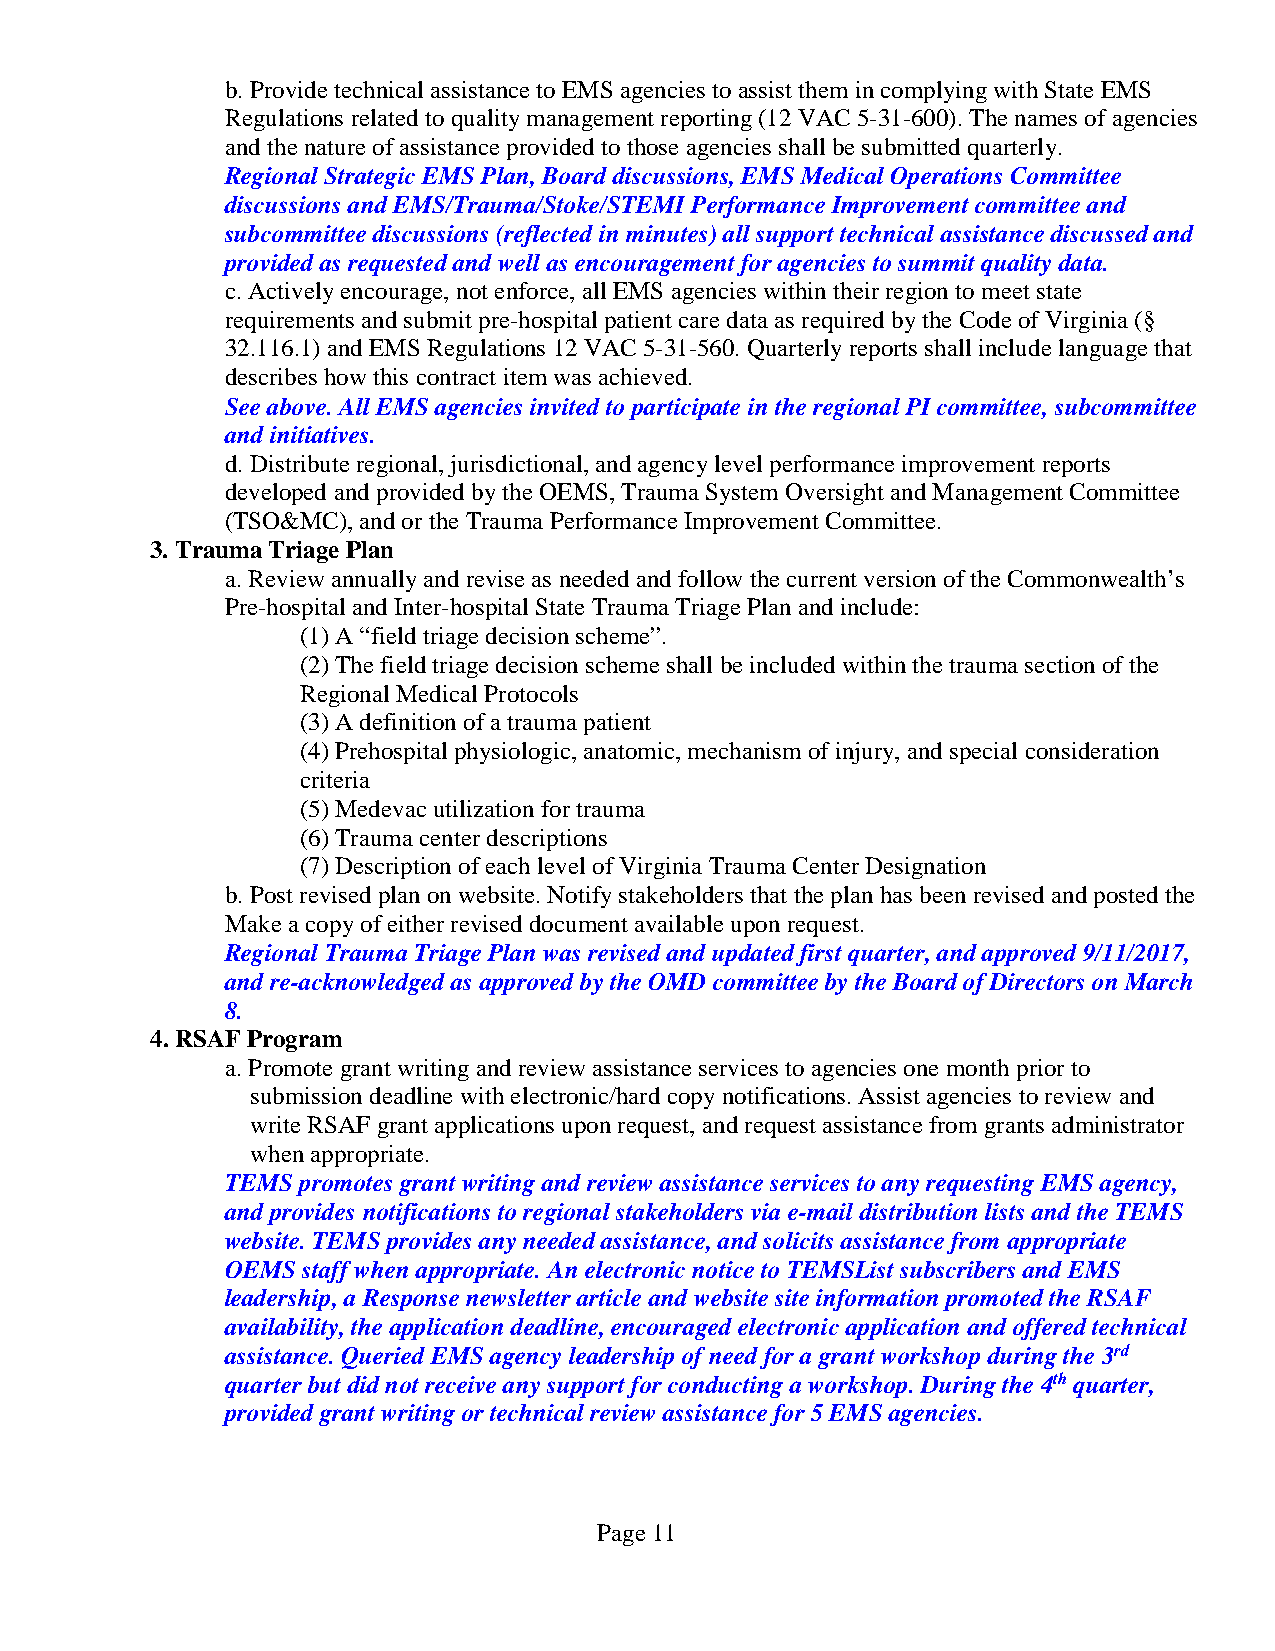
b. Provide technical assistance to EMS agencies to assist them in complying with State EMS
 Regulations related to quality management reporting (12 VAC 5-31-600). The names of agencies
 and the nature of assistance provided to those agencies shall be submitted quarterly.
 Regional Strategic EMS Plan, Board discussions, EMS Medical Operations Committee
 discussions and EMS/Trauma/Stoke/STEMI Performance Improvement committee and
 subcommittee discussions (reflected in minutes) all support technical assistance discussed and
 provided as requested and well as encouragement for agencies to summit quality data.
 c. Actively encourage, not enforce, all EMS agencies within their region to meet state
 requirements and submit pre-hospital patient care data as required by the Code of Virginia (§
 32.116.1) and EMS Regulations 12 VAC 5-31-560. Quarterly reports shall include language that
 describes how this contract item was achieved.
 See above. All EMS agencies invited to participate in the regional PI committee, subcommittee
 and initiatives.
 d. Distribute regional, jurisdictional, and agency level performance improvement reports
 developed and provided by the OEMS, Trauma System Oversight and Management Committee
 (TSO&MC), and or the Trauma Performance Improvement Committee.
 3. Trauma Triage Plan
 a. Review annually and revise as needed and follow the current version of the Commonwealth’s
 Pre-hospital and Inter-hospital State Trauma Triage Plan and include:
 (1) A “field triage decision scheme”.
 (2) The field triage decision scheme shall be included within the trauma section of the
 Regional Medical Protocols
 (3) A definition of a trauma patient
 (4) Prehospital physiologic, anatomic, mechanism of injury, and special consideration
 criteria
 (5) Medevac utilization for trauma
 (6) Trauma center descriptions
 (7) Description of each level of Virginia Trauma Center Designation
 b. Post revised plan on website. Notify stakeholders that the plan has been revised and posted the
 Make a copy of either revised document available upon request.
 Regional Trauma Triage Plan was revised and updated first quarter, and approved 9/11/2017,
 and re-acknowledged as approved by the OMD committee by the Board of Directors on March
 8.
 4. RSAF Program
 a. Promote grant writing and review assistance services to agencies one month prior to
 submission deadline with electronic/hard copy notifications. Assist agencies to review and
 write RSAF grant applications upon request, and request assistance from grants administrator
 when appropriate.
 TEMS promotes grant writing and review assistance services to any requesting EMS agency,
 and provides notifications to regional stakeholders via e-mail distribution lists and the TEMS
 website. TEMS provides any needed assistance, and solicits assistance from appropriate
 OEMS staff when appropriate. An electronic notice to TEMSList subscribers and EMS
 leadership, a Response newsletter article and website site information promoted the RSAF
 availability, the application deadline, encouraged electronic application and offered technical
 assistance. Queried EMS agency leadership of need for a grant workshop during the 3rd
 quarter but did not receive any support for conducting a workshop. During the 4th quarter,
 provided grant writing or technical review assistance for 5 EMS agencies.
 Page 11